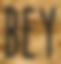
BEY